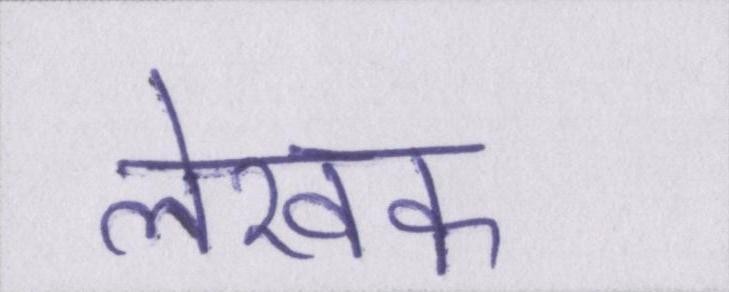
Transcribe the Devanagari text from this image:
लेखक